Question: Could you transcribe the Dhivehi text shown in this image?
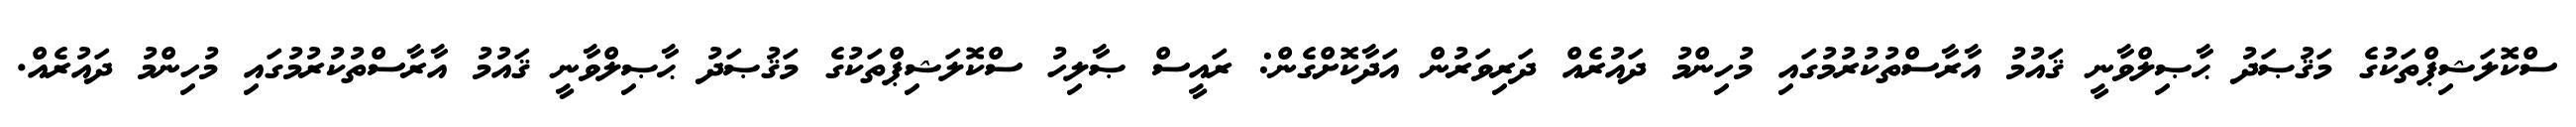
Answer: ސްކޮލަޝިޕްތަކުގެ މަޤުޞަދު ޙާޞިލްވާނީ ޤައުމު އާރާސްތުކުރުމުގައި މުހިންމު ދައުރެއް ދަރިވަރުން އަދާކޮށްގެން: ރައީސް ޞާލިހު ސްކޮލަޝިޕްތަކުގެ މަޤުޞަދު ޙާޞިލްވާނީ ޤައުމު އާރާސްތުކުރުމުގައި މުހިންމު ދައުރެއް.